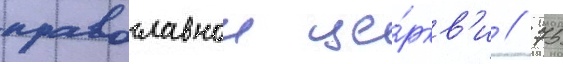
православнои це́ркв'и // 75